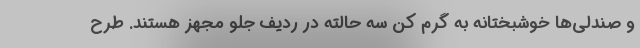
و صندلی‌ها خوشبختانه به گرم کن سه حالته در ردیف جلو مجهز هستند. طرح